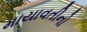
માયાવતીનો